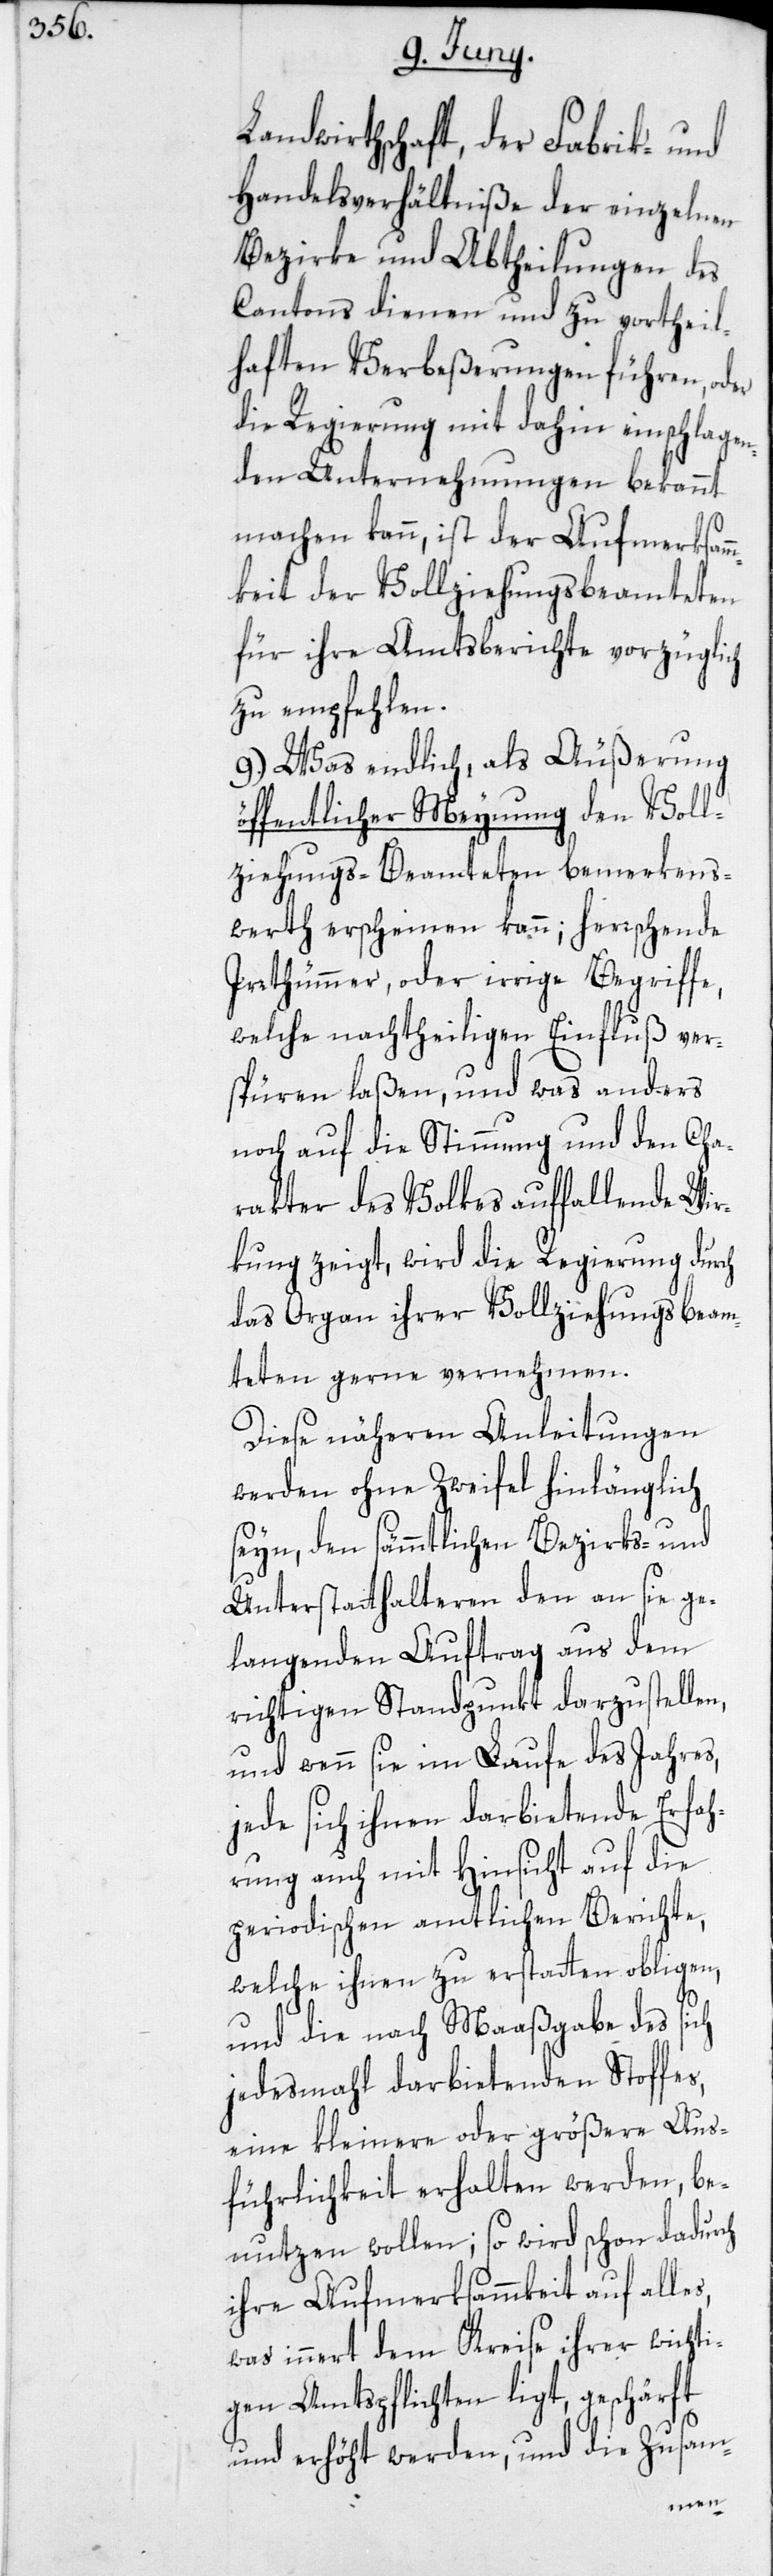
Landwirthschaft, der Fabrik- und
Handelsverhältniße der einzelnen
Bezirke und Abtheilungen des
Cantons dienen und zu vortheil¬
haften Verbeßerungen führen, oder
die Regierung mit dahin einschlagen¬
den Unternehmungen bekannt
machen kann, ist der Aufmerksam¬
mkeit der Vollziehungsbeamteten
für ihre Amtsberichte vorzüglich
zu empfehlen.
9.) Was endlich, als Äußerung
öffentlicher Meynung den Voll¬
ziehungs-Beamteten bemerkens¬
werth erscheinen kann; herrschende
Irrthümmer, oder irrige Begriffe,
welche nachtheiligen Einfluß ver¬
spüren laßen, und was anders
noch auf die Stimmung und den Cha¬
rakter des Volkes auffallende Wir¬
kung zeigt, wird die Regierung durch
das Organ ihrer Vollziehungsbeam¬
teten gerne vernehmen.
Diese näheren Anleitungen
werden ohne Zweifel hinlänglich
seyn, den sämmtlichen Bezirks- und
Unterstatthalteren den an sie ge¬
langenden Auftrag aus dem
richtigen Standpunkt darzustellen,
und wenn sie im Laufe des Jahres,
jede sich ihnen darbietende Erfah¬
rung auch mit Hinsicht auf die
periodischen amtlichen Berichte,
welche ihnen zu erstatten obligen,
und die nach Maaßgabe des sich
jedesmahl darbietenden Stoffes,
eine kleinere oder größere Aus¬
führlichkeit erhalten werden, be¬
nutzen wollen; so wird schon dadurch
ihre Aufmerksammkeit auf alle¬
was innert dem Kreise ihrer wichti¬
gen Amtspflichten ligt, geschärft
en,
und die
und erhöht werd¬